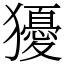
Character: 獶